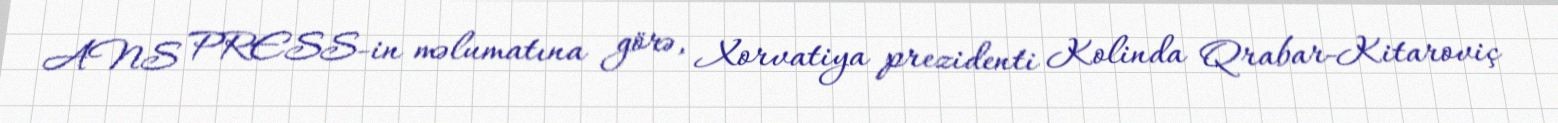
ANS PRESS-in məlumatına görə, Xorvatiya prezidenti Kolinda Qrabar-Kitaroviç